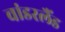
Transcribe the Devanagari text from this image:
वांडरलैंड